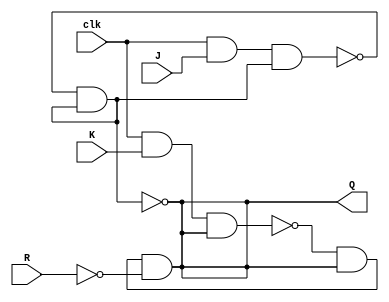
module JK( Q,J,K,clk,R); //Module initialization 
output Q; //Defining outputs
input J, K, clk, R ; // Defining inputs
wire a,b,q1,q2; // Defining internal connections
wire Qbar;
//gate level modelling

nand #2 N1 (a, clk, J, q2); //providing delay of 2ns for nand gate output
nand #2 N2 (b, clk, K, q1);
nand #2 N3 (q1, a, q2);
nand #2 N4 (q2, b, q1, ~R); //
assign Q=q1; // connecting internal connections to output
assign Qbar=q2;
assign Q=~Qbar; 				// Qbar is complement of Q 
endmodule